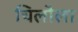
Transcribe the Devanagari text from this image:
चिलौला